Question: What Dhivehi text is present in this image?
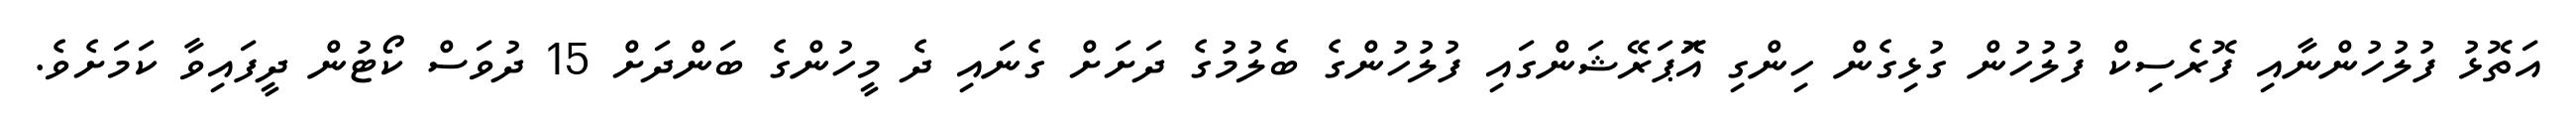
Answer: އަތޮޅު ފުލުހުންނާއި ފޮރެސިކް ފުލުހުން ގުޅިގެން ހިންގި އޮަޕަރޭޝަންގައި ފުލުހުންގެ ބެލުމުގެ ދަށަށް ގެނައި ދެ މީހުންގެ ބަންދަށް 15 ދުވަސް ކޯޓުން ދީފައިވާ ކަމަށެވެ.